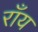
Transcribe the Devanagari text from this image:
राँय